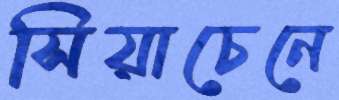
সিয়াচেনে